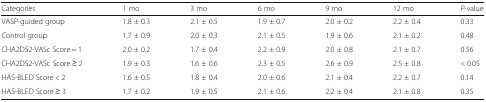
<table><thead><tr><td><b>Categories</b></td><td><b>1 mo</b></td><td><b>3 mo</b></td><td><b>6 mo</b></td><td><b>9 mo</b></td><td><b>12 mo</b></td><td><b><i>P</i>-value</b></td></tr></thead><tbody><tr><td>VASP-guided group</td><td>1.8 ± 0.3</td><td>2.1 ± 0.5</td><td>1.9 ± 0.7</td><td>2.0 ± 0.2</td><td>2.2 ± 0.4</td><td>0.33</td></tr><tr><td>Control group</td><td>1.7 ± 0.9</td><td>2.0 ± 0.3</td><td>2.1 ± 0.5</td><td>1.9 ± 0.6</td><td>2.1 ± 0.2</td><td>0.48</td></tr><tr><td>CHA2DS2-VASc Score = 1</td><td>2.0 ± 0.2</td><td>1.7 ± 0.4</td><td>2.2 ± 0.9</td><td>2.0 ± 0.8</td><td>2.1 ± 0.7</td><td>0.56</td></tr><tr><td>CHA2DS2-VASc Score ≥ 2</td><td>1.9 ± 0.3</td><td>1.6 ± 0.6</td><td>2.3 ± 0.5</td><td>2.6 ± 0.9</td><td>2.5 ± 0.8</td><td>&lt; 0.05</td></tr><tr><td>HAS-BLED Score &lt; 2</td><td>1.6 ± 0.5</td><td>1.8 ± 0.4</td><td>2.0 ± 0.6</td><td>2.1 ± 0.4</td><td>2.2 ± 0.7</td><td>0.14</td></tr><tr><td>HAS-BLED Score ≥ 3</td><td>1.7 ± 0.2</td><td>1.9 ± 0.5</td><td>2.1 ± 0.6</td><td>2.2 ± 0.4</td><td>2.1 ± 0.8</td><td>0.35</td></tr></tbody></table>